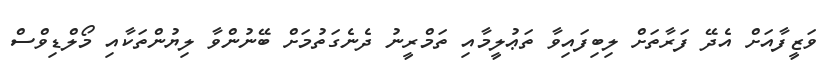
ވަޒީފާއަށް އެދޭ ފަރާތަށް ލިބިފައިވާ ތަޢުލީމާއި ތަމްރީނު ދެނެގަތުމަށް ބޭނުންވާ ލިޔުންތަކާއި މޯލްޑިވްސް